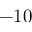
- 1 0